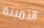
الثمينة